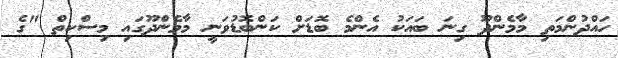
ހައްދުންމަތި މާމެންދޫ ގިނަ ބައަކު އެންމެ ބޮޑަށް ކަންބޮޑުވަނީ މާމެންދޫގައި މިސްކިތް "ގެ